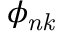
\phi _ { \it { n k } }